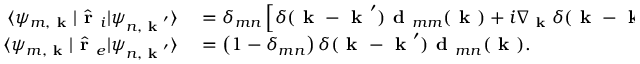
\begin{array} { r l } { \langle \psi _ { m , \textbf { k } } | \hat { \textbf { r } } _ { i } | \psi _ { n , \textbf { k } ^ { \prime } } \rangle } & { { } = \delta _ { m n } \left[ \delta ( \textbf { k } - \textbf { k } ^ { \prime } ) \textbf { d } _ { m m } ( { \textbf { k } } ) + i \nabla _ { \textbf { k } } \delta ( \textbf { k } - \textbf { k } ^ { \prime } ) \right] , } \\ { \langle \psi _ { m , \textbf { k } } | \hat { \textbf { r } } _ { e } | \psi _ { n , \textbf { k } ^ { \prime } } \rangle } & { { } = \left( 1 - \delta _ { m n } \right) \delta ( \textbf { k } - \textbf { k } ^ { \prime } ) \textbf { d } _ { m n } ( { \textbf { k } } ) . } \end{array}